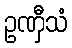
ဥဏှီသံ